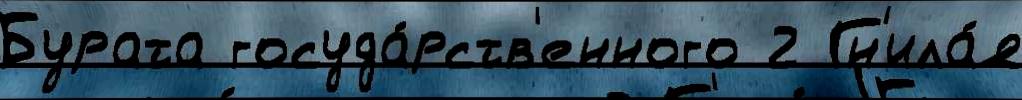
Бурата госуда́рств'енного 2 Гн'ила́я